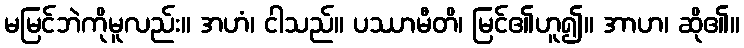
မမြင်ဘဲကိုမူလည်း။ အဟံ၊ ငါသည်။ ပဿာမီတိ၊ မြင်၏ဟူ၍။ အာဟ၊ ဆို၏။